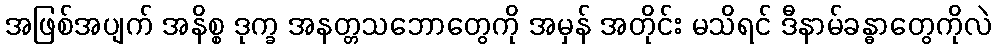
အဖြစ်အပျက် အနိစ္စ ဒုက္ခ အနတ္တသဘောတွေကို အမှန် အတိုင်း မသိရင် ဒီနာမ်ခန္ဓာတွေကိုလဲ